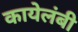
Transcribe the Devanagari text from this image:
कायेलंबी